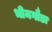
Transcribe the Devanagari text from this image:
भीमगौडा